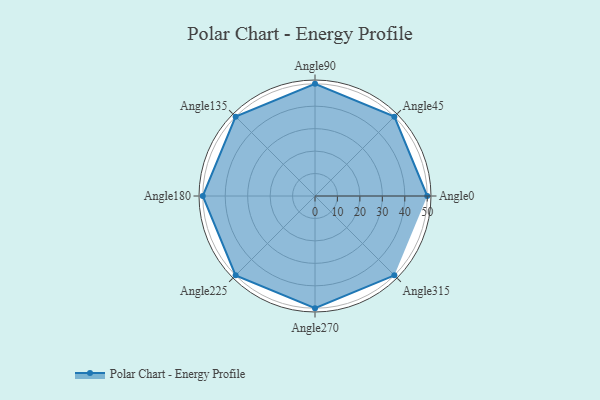
{"axis": {"x": "Angle", "y": "Radius"}, "legend": [""], "data": [{"x": "Angle0", "y": 50.0, "type": ""}, {"x": "Angle45", "y": 50, "type": ""}, {"x": "Angle90", "y": 50, "type": ""}, {"x": "Angle135", "y": 50, "type": ""}, {"x": "Angle180", "y": 50, "type": ""}, {"x": "Angle225", "y": 50, "type": ""}, {"x": "Angle270", "y": 50, "type": ""}, {"x": "Angle315", "y": 50, "type": ""}]}